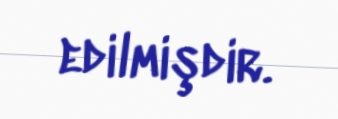
edilmişdir.